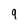
Character: 9